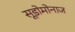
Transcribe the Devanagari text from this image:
सूडोमोनाज